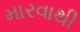
મારવાથી